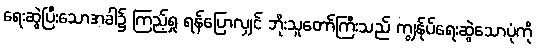
ရေးဆွဲပြီးသောအခါ၌ ကြည့်ရှု ရန်ပြောလျှင် ဘိုးသူတော်ကြီးသည် ကျွန်ုပ်ရေးဆွဲသောပုံကို